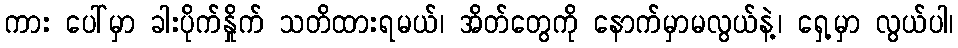
ကား ပေါ်မှာ ခါးပိုက်နှိုက် သတိထားရမယ်၊ အိတ်တွေကို နောက်မှာမလွယ်နဲ့၊ ရှေ့မှာ လွယ်ပါ၊